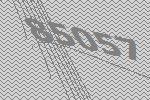
85057